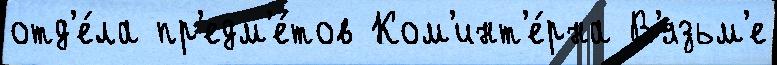
отд'е́ла пр'едм'е́тов Ком'инт'е́рна В'язьм'е